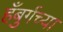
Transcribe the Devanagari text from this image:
हँबुर्गच्या